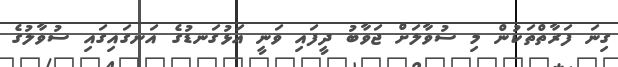
ގިނަ ފަރާތްތަކުން މި ސުވާލަށް ޖަވާބު ދީފައި ވަނީ އަޅުގަނޑުގެ އަނގައިގައި ސުވާލުގެ